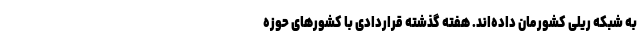
به شبکه ریلی کشورمان داده‌اند. هفته گذشته قراردادی با کشورهای حوزه